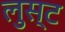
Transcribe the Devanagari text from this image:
लुस्ट